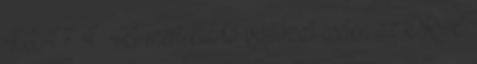
46 47 4. A mértéktartó változat esetén az ORC